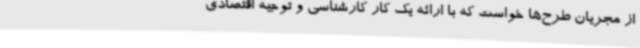
از مجریان طرح‌ها خواست که با ارائه یک کار کارشناسی و توجیه اقتصادی